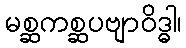
မစ္ဆကစ္ဆပဗျာဝိဒ္ဓါ၊